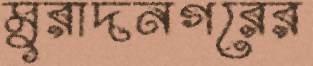
মুরাদনগরের